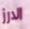
الارز